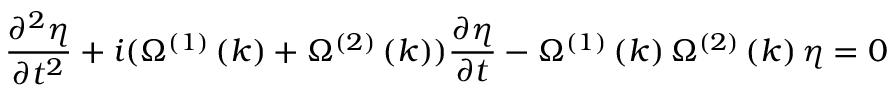
\frac { \partial ^ { 2 } \eta } { \partial t ^ { 2 } } + i ( \Omega ^ { \left( 1 \right) } \left( k \right) + \Omega ^ { \left( 2 \right) } \left( k \right) ) \frac { \partial \eta } { \partial t } - \Omega ^ { \left( 1 \right) } \left( k \right) \Omega ^ { \left( 2 \right) } \left( k \right) \eta = 0